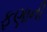
ફણાની